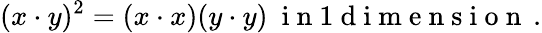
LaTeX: (x\cdot y)^{2}=(x\cdot x)(y\cdot y)\mathrm{~\ i~n~1~d~i~m~e~n~s~i~o~n~}\, .